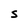
Character: S